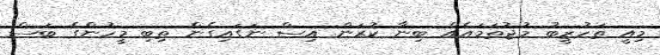
މިއީ ތަހުޒީބު މުޖުތަމައެއް ބިނާ ކުރަން އިސް ނަގައިގެން ތިބި މީހުންގެ ބަސް